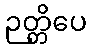
ဉတ္တိပေ